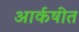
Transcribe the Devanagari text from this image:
आर्कषीत